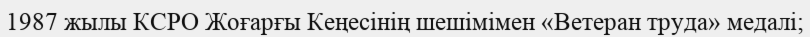
1987 жылы КСРО Жоғарғы Кеңесінің шешімімен «Ветеран труда» медалі;